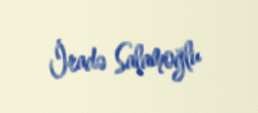
İradə Salamoğlu